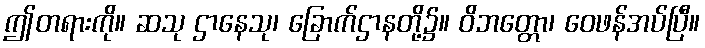
ဤတရားကို။ ဆသု ဌာနေသု၊ ခြောက်ဌာနတို့၌။ ဝိဘတ္တော၊ ဝေဖန်အပ်ပြီ။